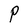
Character: P